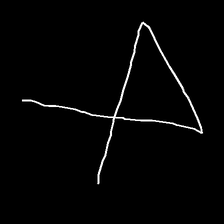
Glyph: collection